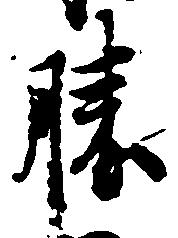
勝